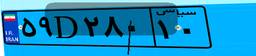
۵۹D۲۸۰۱۰